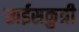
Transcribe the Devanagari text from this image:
खईसकुत्री